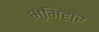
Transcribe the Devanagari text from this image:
भुमिहार